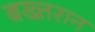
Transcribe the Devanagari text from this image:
बख्तरान